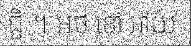
ជ្ជិ ។ អថ ខោ ឤយ